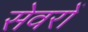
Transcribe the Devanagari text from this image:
सेवरों